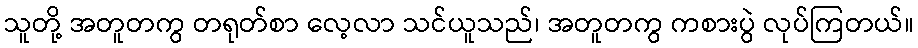
သူတို့ အတူတကွ တရုတ်စာ လေ့လာ သင်ယူသည်၊ အတူတကွ ကစားပွဲ လုပ်ကြတယ်။